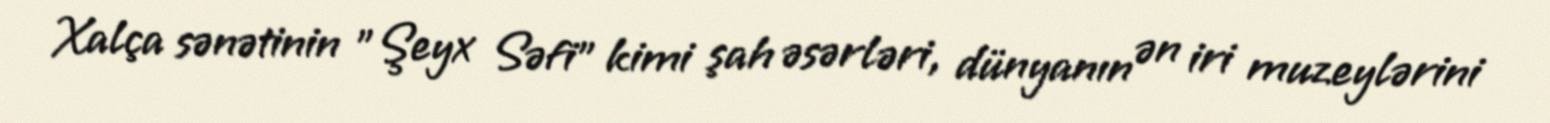
Xalça sənətinin "Şeyx Səfi" kimi şah əsərləri, dünyanın ən iri muzeylərini